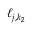
\ell _ { j , k _ { 2 } }